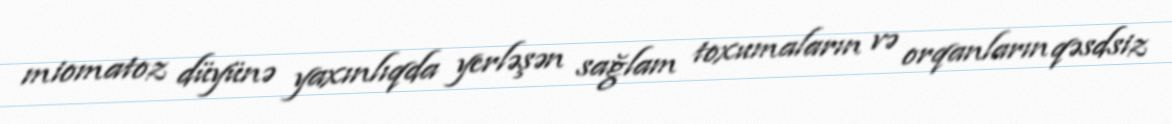
miomatoz düyünə yaxınlıqda yerləşən sağlam toxumaların və orqanların qəsdsiz